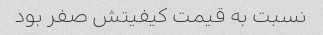
نسبت به قیمت کیفیتش صفر بود